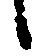
候